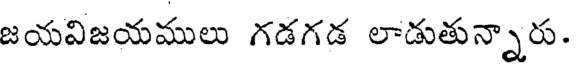
జయవిజయములు గడగడ లాడుతున్నారు.